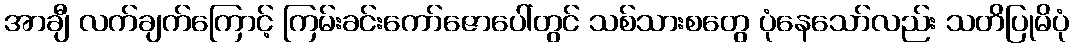
အာချီ လက်ချက်ကြောင့် ကြမ်းခင်းကော်ဇောပေါ်တွင် သစ်သားစတွေ ပုံနေသော်လည်း သတိပြုမိပုံ